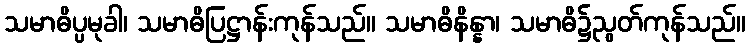
သမာဓိပ္ပမုခါ၊ သမာဓိပြဋ္ဌာန်းကုန်သည်။ သမာဓိနိန္နာ၊ သမာဓိ၌ညွတ်ကုန်သည်။